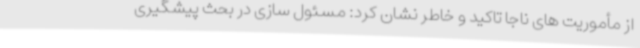
از مأموریت های ناجا تاکید و خاطر نشان کرد: مسئول سازی در بحث پیشگیری